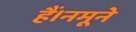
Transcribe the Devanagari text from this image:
हैं।नमूने